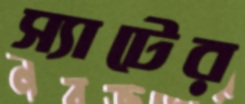
স্যাটের